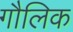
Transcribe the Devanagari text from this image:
गौलिक